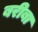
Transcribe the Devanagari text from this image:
बरीबा